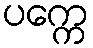
ပက္ကေ